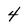
Character: 4